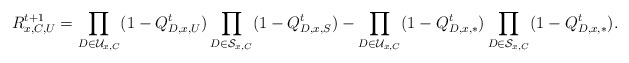
\begin{align*}R_{x,C,U}^{t+1}&=\prod_{D\in\mathcal{U}_{x,C}}(1- Q_{D,x,U}^t)\prod_{D\in\mathcal{S}_{x,C}}(1- Q_{D,x,S}^t)-\prod_{D\in\mathcal{U}_{x,C}}(1- Q_{D,x,*}^t)\prod_{D\in\mathcal{S}_{x,C}}(1- Q_{D,x,*}^t).\end{align*}